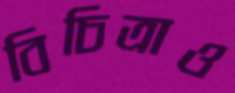
বিচিত্রাও